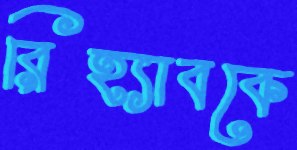
রিহ্যাবকে